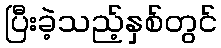
ပြီးခဲ့သည့်နှစ်တွင်